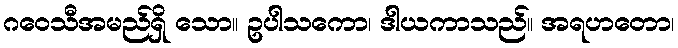
ဂဝေသီအမည်ရှိ သော။ ဥပါသကော၊ ဒါယကာသည်။ အရဟတော၊